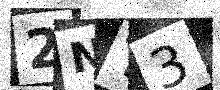
Text: 2NY3